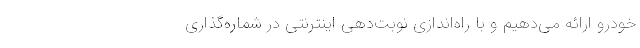
خودرو ارائه می‌دهیم و با راه‌اندازی نوبت‌دهی اینترنتی در شماره‌گذاری